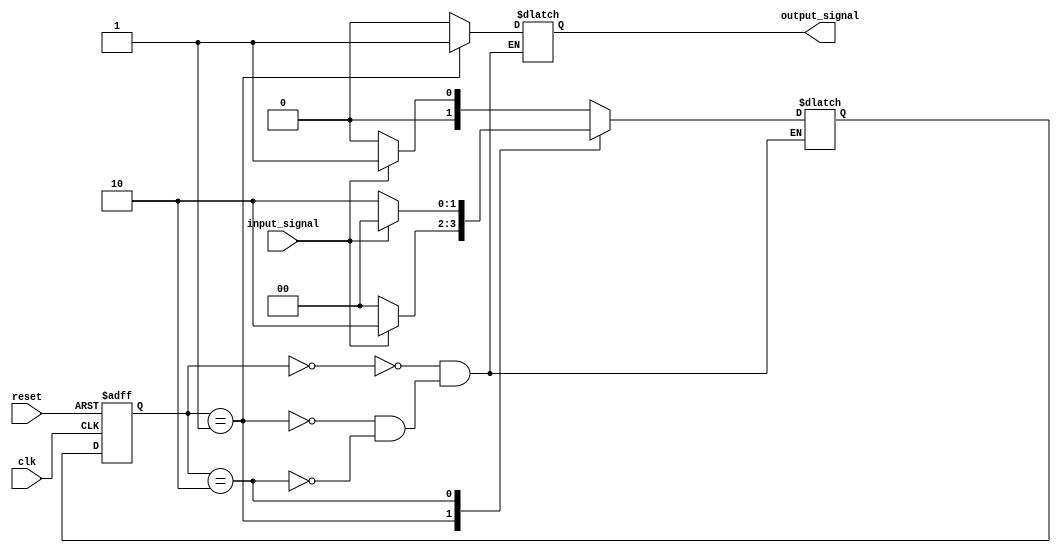
module fsm (
    input wire clk,
    input wire reset,
    input wire input_signal,
    output reg output_signal
);

// Define states of the machine
parameter STATE_A = 2'b00;
parameter STATE_B = 2'b01;
parameter STATE_C = 2'b10;

// Define outputs for each state
reg [1:0] current_state, next_state;

// State register
always @(posedge clk or posedge reset) begin
    if (reset) begin
        current_state <= STATE_A;
    end else begin
        current_state <= next_state;
    end
end

// Next state logic
always @* begin
    case (current_state)
        STATE_A: begin
            if (input_signal) begin
                next_state = STATE_B;
            end else begin
                next_state = STATE_A;
            end
        end
        STATE_B: begin
            if (input_signal) begin
                next_state = STATE_C;
            end else begin
                next_state = STATE_A;
            end
        end
        STATE_C: begin
            if (input_signal) begin
                next_state = STATE_A;
            end else begin
                next_state = STATE_C;
            end
        end
    endcase
end

// Output logic
always @* begin
    case (current_state)
        STATE_A: begin
            output_signal = 1'b0;
        end
        STATE_B: begin
            output_signal = 1'b1;
        end
        STATE_C: begin
            output_signal = 1'b0;
        end
    endcase
end

endmodule